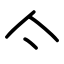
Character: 亽